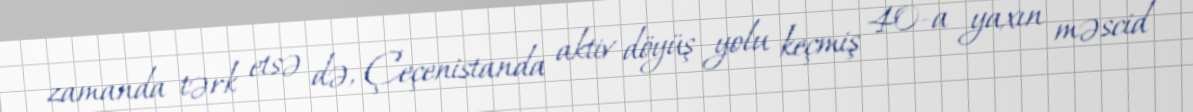
zamanda tərk etsə də, Çeçenistanda aktiv döyüş yolu keçmiş 40-a yaxın məscid